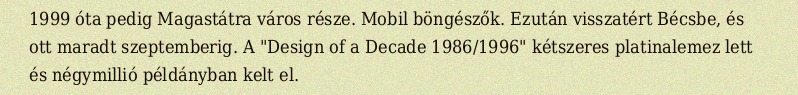
1999 óta pedig Magastátra város része. Mobil böngészők. Ezután visszatért Bécsbe, és ott maradt szeptemberig. A "Design of a Decade 1986/1996" kétszeres platinalemez lett és négymillió példányban kelt el.